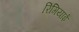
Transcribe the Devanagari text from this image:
रिंगियाई